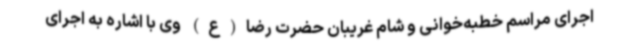
اجرای مراسم خطبه‌خوانی و شام غریبان حضرت رضا(ع) وی با اشاره به اجرای